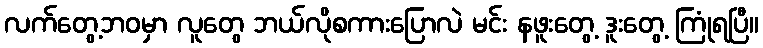
လက်တွေ့ဘဝမှာ လူတွေ ဘယ်လိုစကားပြောလဲ မင်း နဖူးတွေ့ ဒူးတွေ့ ကြုံရပြီ။